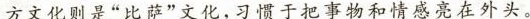
方文化则是“比萨”文化,习惯于把事物和情感亮在外头。